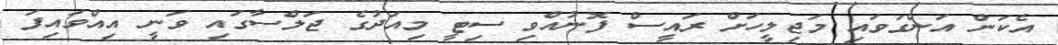
އެކަން އަންގަވައި މަޖިލީހަށް ރައީސް ފޮނުއްވި ސިޓީ މިއަދުގެ ޖަލްސާގައި ވަނީ އިއްވައިފަ